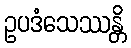
ဥပဒံသေဿန္တိ